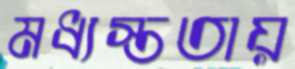
মধ্যস্ততায়